Vaccination North-Western Provinces 1866-1877 - 1866-1877
Year: 1866
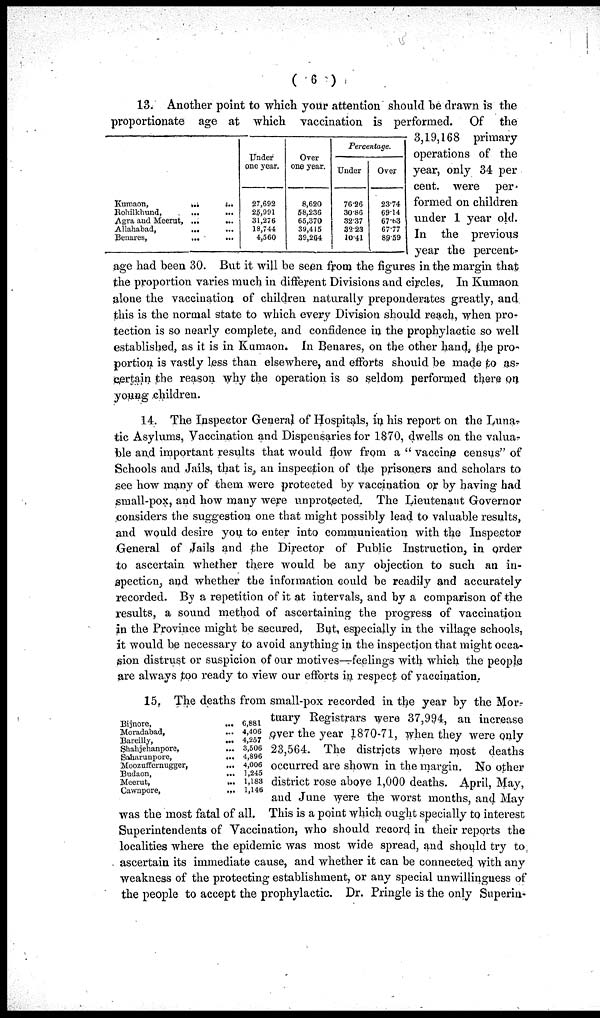
( 6 )
Kumaon ... ...
Rohilkhund, ... ...
Agra and Meerut, ...
...
Allahabad,
... ...
Benares,
...
...
Under
one year.
27,692
25 991
31,276
18,744
4,560
Over
one year.
8,620
58 236
65,370
39,415
39,264
Percentage.
Under
76.26
30.86
32.37
32.23
10.41
Over
23.74
69.14
67.63
67.77
89.59
13. Another point to which your attention should be drawn is the
proportionate age at which vaccination is performed. Of the
3,19,168 primary
operations of the
year, only 34 per
cent. were per¬
formed on children
under 1 year old.
In the previous
year the percent-
age had been 30. But it will be seen from the figures in the margin that
the proportion varies much in different Divisions and circles. In Kumaon
alone the vaccination of children naturally preponderates greatly, and
this is the normal state to which every Division should reach, when pro-
tection is so nearly complete, and confidence in the prophylactic so well
established, as it is in Kumaon. In Benares, on the other hand, the pro-
portion is vastly less than elsewhere, and efforts should be made to as-
certain the reason why the operation is so seldom performed there on
young children.
14. The Inspector General of Hospitals, in his report on the Luna-
tic Asylums, Vaccination and Dispensaries for 1870, dwells on the valua-
ble and important results that would flow from a " vaccine census" of
Schools and Jails, that is, an inspection of the prisoners and scholars to
see how many of them were protected by vaccination or by having had
small-pox, and how many were unprotected. The Lieutenant Governor
considers the suggestion one that might possibly lead to valuable results,
and would desire you to enter into communication with the Inspector
General of Jails and the Director of Public Instruction, in order
to ascertain whether there would be any objection to such an in-
spection, and whether the information could be readily and accurately
recorded. By a repetition of it at intervals, and by a comparison of the
results, a sound method of ascertaining the progress of vaccination
in the Province might be secured, But, especially in the village schools,
it would be necessary to avoid anything in the inspection that might occa-
sion distrust or suspicion of our motives—feelings with which the people
are always too ready to view our efforts in respect of vaccination..
Bijnore, ...
Moradabad, ...
Bareilly,
...
Shahjehanpore, ...
Saharunpore,
...
Moozuffernugger,
...
Budaon,
...
Meerut,
...
Cawnpore,
...
6,881
4,406
4,257
3,506
4,896
4,006
1,245
1,183
1,146
15. The deaths from small-pox recorded in the year by the Mor-
tuary Registrars were 37,994, an increase
over the year 1870-71, when they were only
23,564. The districts where most deaths
occurred are shown in the margin. No other
district rose above 1,000 deaths. April, May,
and June were the worst months, and May
was the most fatal of all. This is a point which ought specially to interest
Superintendents of Vaccination, who should record in their reports the
localities where the epidemic was most wide spread, and should try to
ascertain its immediate cause, and whether it can be connected with any
weakness of the protecting establishment, or any special unwillingness of
the people to accept the prophylactic. Dr. Pringle is the only Superin¬